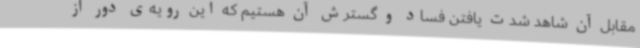
مقابل آن شاهد شدت یافتن فساد و گسترش آن هستیم که این رویه‌ی دور از